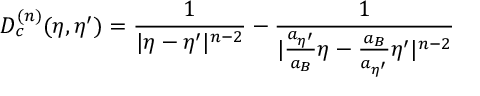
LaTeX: D _ { c } ^ { ( n ) } ( \eta , { \eta } ^ { \prime } ) = \frac { 1 } { | { \eta } - { \eta } ^ { \prime } | ^ { n - 2 } } - \frac { 1 } { | \frac { a _ { { \eta } ^ { \prime } } } { a _ { B } } { \eta } - \frac { a _ { B } } { a _ { { \eta } ^ { \prime } } } { \eta } ^ { \prime } | ^ { n - 2 } }